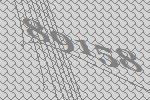
89158